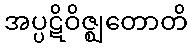
အပ္ပဋိဝိဇ္ဈတောတိ